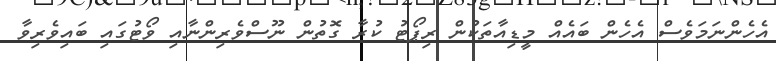
އެހެންނަމަވެސް އެހެން ބައެއް މީޑިއާތަކުން ރިޕޯޓު ކުރާ ގޮތުން ނޫސްވެރިންނާއި ވޯޓުގައި ބައިވެރިވާ